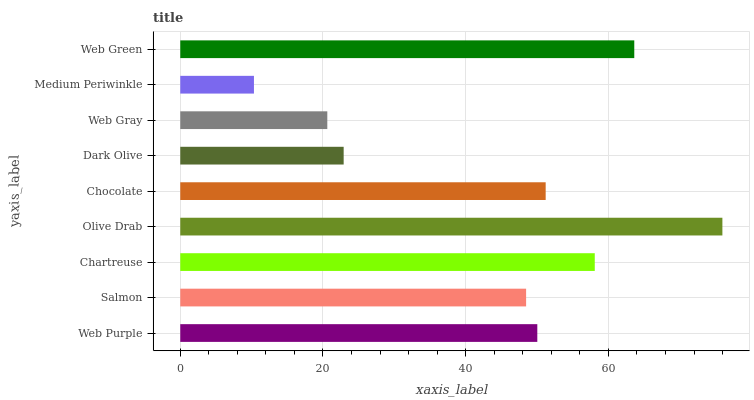
| yaxis_label | bars |
 | --- | --- |
 | Web Purple | 50 |
 | Salmon | 48.5 |
 | Chartreuse | 58.1 |
 | Olive Drab | 76 |
 | Chocolate | 51.2 |
 | Dark Olive | 22.9 |
 | Web Gray | 20.6 |
 | Medium Periwinkle | 10.3 |
 | Web Green | 63.6 |